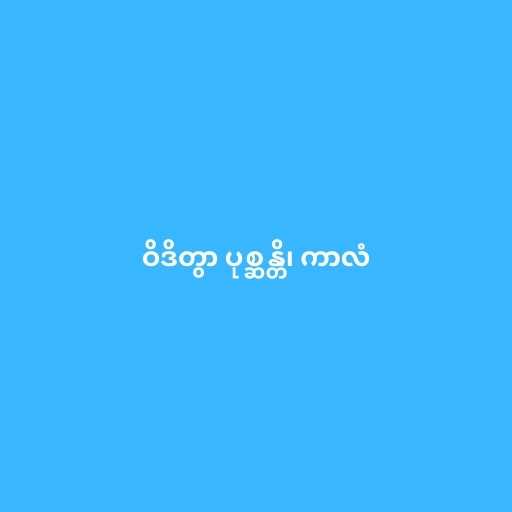
ဝိဒိတွာ ပုစ္ဆန္တိ၊ ကာလံ